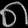
Digit: ၈